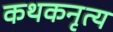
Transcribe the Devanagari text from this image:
कथकनृत्य